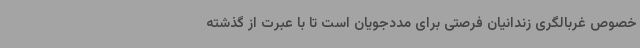
خصوص غربالگری زندانیان فرصتی برای مددجویان است تا با عبرت از گذشته